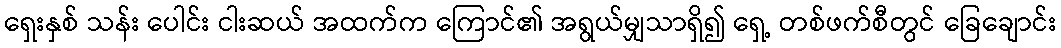
ရှေးနှစ် သန်း ပေါင်း ငါးဆယ် အထက်က ကြောင်၏ အရွယ်မျှသာရှိ၍ ရှေ့ တစ်ဖက်စီတွင် ခြေချောင်း